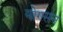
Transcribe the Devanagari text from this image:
योगसन